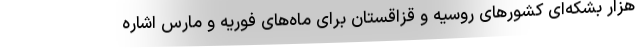
هزار بشکه‌ای کشورهای روسیه و قزاقستان برای ماه‌های فوریه و مارس اشاره